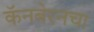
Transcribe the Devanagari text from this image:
कॅनबेरनचा